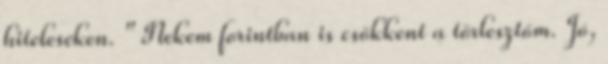
hiteleseken. " Nekem forintban is csökkent a törlesztőm. Jó,